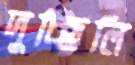
দুচ্ছিলি